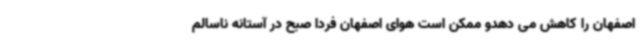
اصفهان را کاهش می دهدو ممکن است هوای اصفهان فردا صبح در آستانه ناسالم